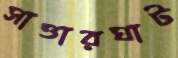
সাত্তারঘাট